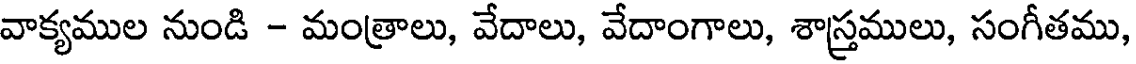
వాక్యముల నుండి - మంత్రాలు, వేదాలు, వేదాంగాలు, శాస్త్రములు, సంగీతము,